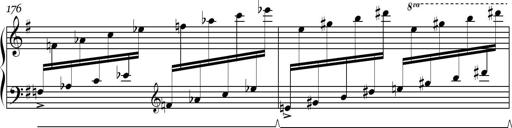
Title: Sonatina in E minor
Composer: Shuwen Zhang
Key: E minor